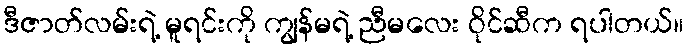
ဒီဇာတ်လမ်းရဲ့ မူရင်းကို ကျွန်မရဲ့ ညီမလေး ဝိုင်ဆီက ရပါတယ်။